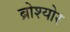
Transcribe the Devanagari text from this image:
ब्रोश्योर